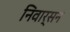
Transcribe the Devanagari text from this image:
निवार्सन